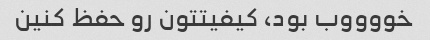
خووووب بود، کیفیتتون رو حفظ کنین